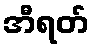
အီရတ်